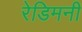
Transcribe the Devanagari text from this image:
रेडिमनी